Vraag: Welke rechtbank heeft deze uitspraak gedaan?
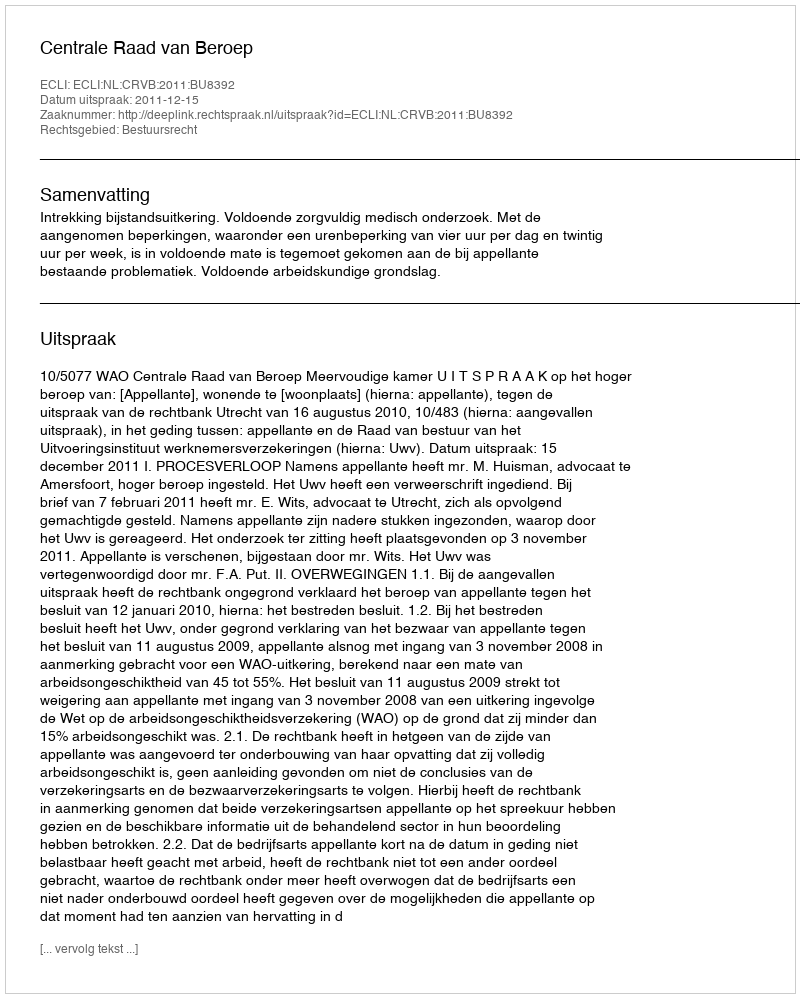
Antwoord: Centrale Raad van Beroep